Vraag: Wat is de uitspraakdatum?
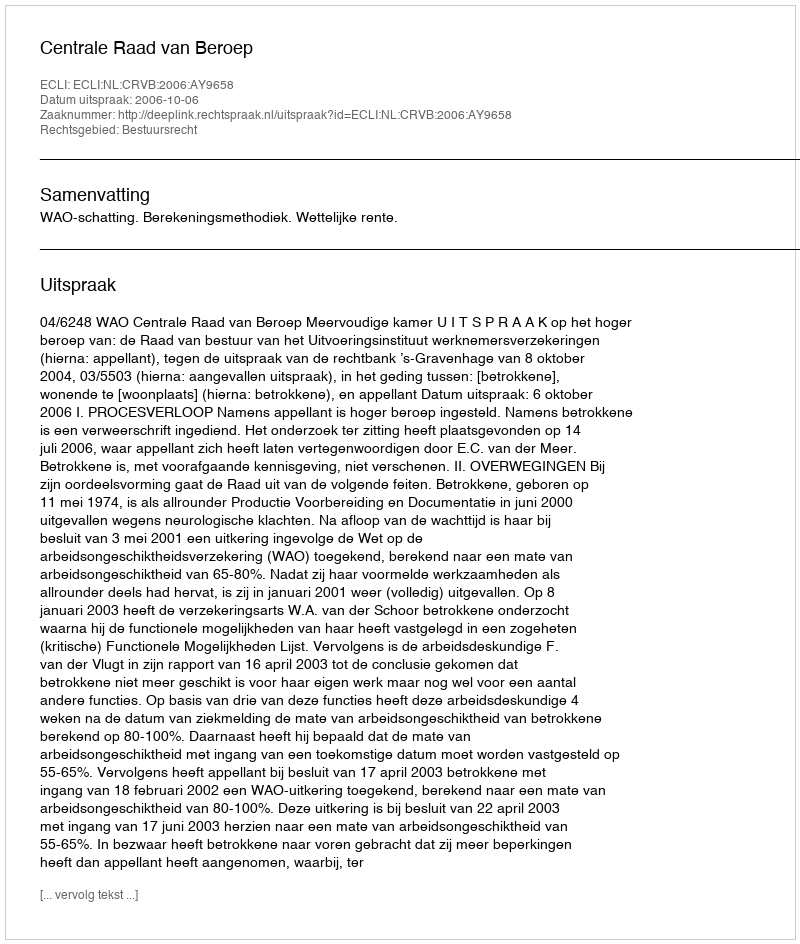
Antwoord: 2006-10-06